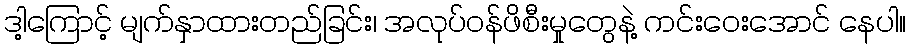
ဒါ့ကြောင့် မျက်နှာထားတည်ခြင်း၊ အလုပ်ဝန်ဖိစီးမှုတွေနဲ့ ကင်းဝေးအောင် နေပါ။